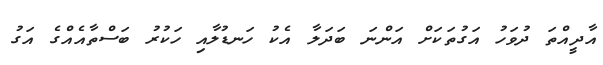
އާދީއްތަ ދުވަހު އަގުތަކަށް އަންނަ ބަދަލާ އެކު ހަނޑުލާއި ހަކުރު ބަސްތާއެއްގެ އަގު